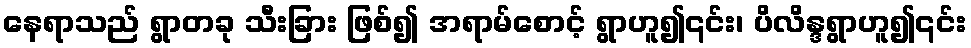
နေရာသည် ရွာတခု သီးခြား ဖြစ်၍ အရာမ်စောင့် ရွာဟူ၍၎င်း၊ ပိလိန္ဒရွာဟူ၍၎င်း